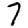
Digit: 7